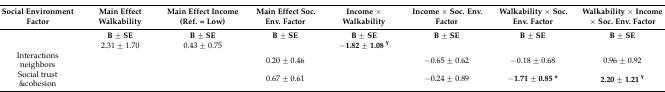
<table><thead><tr><td><b>Social Environment Factor</b></td><td><b>Main Effect Walkability</b></td><td><b>Main Effect Income (Ref. = Low)</b></td><td><b>Main Effect Soc. Env. Factor</b></td><td><b>Income × Walkability</b></td><td><b>Income × Soc. Env. Factor</b></td><td><b>Walkability × Soc. Env. Factor</b></td><td><b>Walkability × Income × Soc. Env. Factor</b></td></tr></thead><tbody><tr><td></td><td><b>B ± SE</b></td><td><b>B ± SE</b></td><td><b>B ± SE</b></td><td><b>B ± SE</b></td><td><b>B ± SE</b></td><td><b>B ± SE</b></td><td><b>B ± SE</b></td></tr><tr><td></td><td>2.31 ± 1.70</td><td>0.43 ± 0.75</td><td></td><td><b>−1.82 ± 1.08 <sup>¥</sup></b></td><td></td><td></td><td></td></tr><tr><td>Interactions neighbors</td><td></td><td></td><td>0.20 ± 0.46</td><td></td><td>−0.65 ± 0.62</td><td>−0.18 ± 0.68</td><td>0.96 ± 0.92</td></tr><tr><td>Social trust &amp;cohesion</td><td></td><td></td><td>0.67 ± 0.61</td><td></td><td>−0.24 ± 0.89</td><td><b>−1.71 ± 0.85 *</b></td><td><b>2.20 ± 1.21 <sup>¥</sup></b></td></tr></tbody></table>